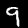
Label: 9